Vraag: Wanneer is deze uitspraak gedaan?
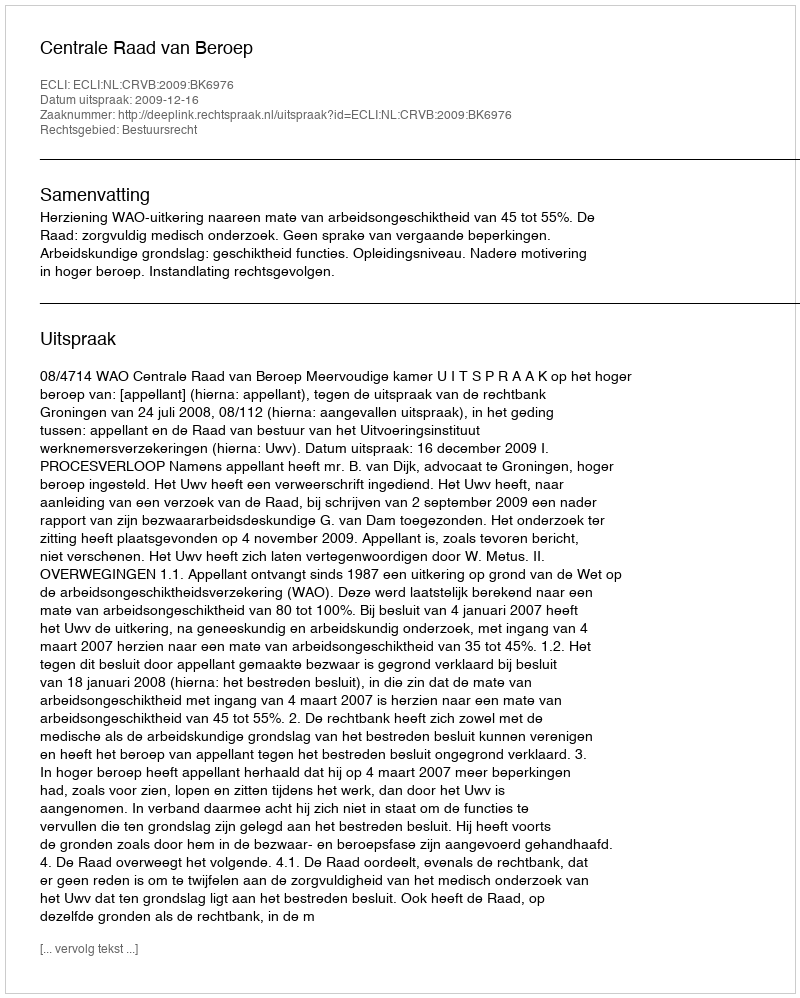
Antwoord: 2009-12-16